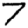
Digit: 7